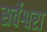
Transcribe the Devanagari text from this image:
सर्वेश्वरा